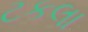
ટકલા